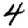
Digit: 4